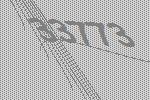
33773